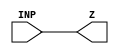
module DELLN1X2_1 (INP,Z);
	input INP;
	output Z;
	assign Z  = INP;
endmodule